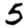
Digit: 5